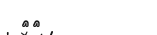
٨١